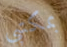
بمكتبي